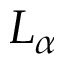
L _ { \alpha }